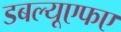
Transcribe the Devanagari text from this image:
डबल्यूएफए